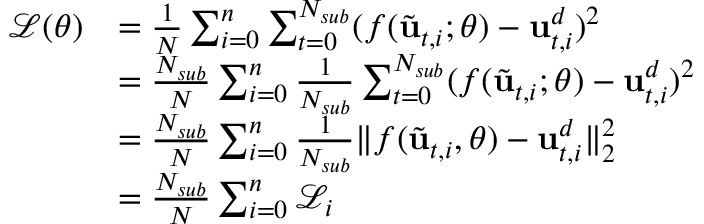
\begin{array} { r l } { \mathcal { L } ( \boldsymbol { \theta } ) } & { = \frac { 1 } { N } \sum _ { i = 0 } ^ { n } \sum _ { t = 0 } ^ { N _ { s u b } } ( f ( \Tilde { \mathbf { u } } _ { t , i } ; \boldsymbol { \theta } ) - \mathbf { u } _ { t , i } ^ { d } ) ^ { 2 } } \\ & { = \frac { N _ { s u b } } { N } \sum _ { i = 0 } ^ { n } { \frac { 1 } { N _ { s u b } } \sum _ { t = 0 } ^ { N _ { s u b } } ( f ( \Tilde { \mathbf { u } } _ { t , i } ; \boldsymbol { \theta } ) - \mathbf { u } _ { t , i } ^ { d } ) ^ { 2 } } } \\ & { = \frac { N _ { s u b } } { N } \sum _ { i = 0 } ^ { n } \frac { 1 } { N _ { s u b } } \lVert f ( \Tilde { \mathbf { u } } _ { t , i } , \boldsymbol { \theta } ) - \mathbf { u } _ { t , i } ^ { d } \rVert _ { 2 } ^ { 2 } } \\ & { = \frac { N _ { s u b } } { N } \sum _ { i = 0 } ^ { n } \mathcal { L } _ { i } } \end{array}